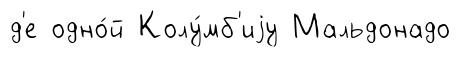
д'е одно́й Колу́мб'иjу Мальдонадо